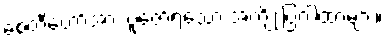
စေတီတော်အား ပူဇော်ရသော အကျိုးပြဂါထာများ။